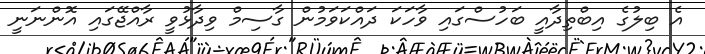
އެ ބިލުގެ އިބްތިދާއީ ބަހުސްގައި ވާހަކަ ދައްކަވަމުން ގާސިމް ވިދާޅުވީ ރާއްޖޭގައި އޮންނަނީ